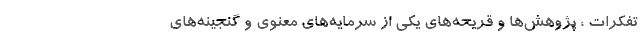
تفکرات ، پژوهش‌ها و قریحه‌های یکی از سرمایه‌های معنوی و گنجینه‌های